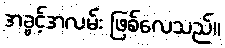
အခွင့်အလမ်း ဖြစ်လေသည်။